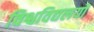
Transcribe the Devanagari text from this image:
विश्वविद्यलयों